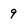
Character: 9